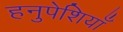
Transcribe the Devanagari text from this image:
हनुपेशियाँ